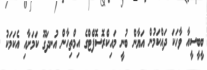
ބީބީސީއާ ވާހަކަ ދައްކަމުން އަޔާން ބުނީ މައިކްރޮސޮފްޓްގެ އިމްތިހާން އުނދަގޫ ކަމަށާއި އެކަމަކު